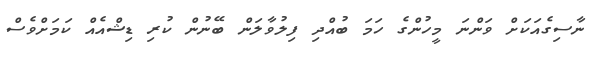
ނާސިގެއަކަށް ވަންނަ މީހުންގެ ހަމަ ބުއްދި ފިލުވާލަން ބޭނުން ކުރި ޑިޝްއެއް ކަމަށްވެސް